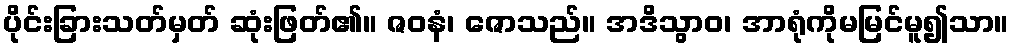
ပိုင်းခြားသတ်မှတ် ဆုံးဖြတ်၏။ ဇဝနံ၊ ဇောသည်။ အဒိသွာဝ၊ အာရုံကိုမမြင်မူ၍သာ။